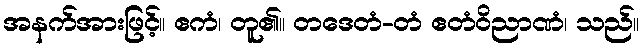
အနက်အားဖြင့်။ ဧကံ၊ တူ၏။ တဒေတံ-တံ ဧတံဝိညာဏံ၊ သည်။